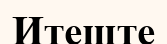
Итеште